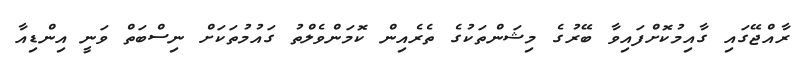
ރާއްޖޭގައި ގާއިމުކޮށްފައިވާ ބޭރުގެ މިޝަންތަކުގެ ތެރެއިން ކޮމަންވެލްތު ގައުމުތަކަށް ނިސްބަތް ވަނީ އިންޑިއާ